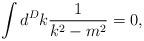
LaTeX: \begin{align*}\int d^Dk \frac{1}{k^2-m^2}=0,\end{align*}